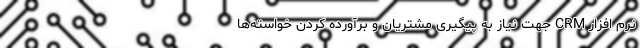
نرم افزار CRM جهت نیاز به پیگیری مشتریان و برآورده کردن خواسته‌ها